Code of medical and sanitary regulations for the guidance of medical officers serving in the Madras Presidency - Volume I
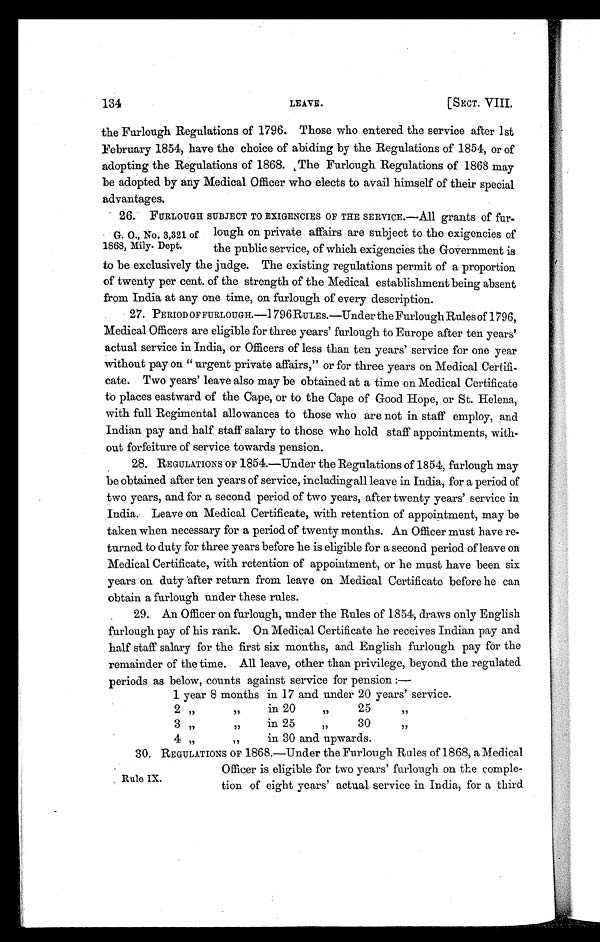
134
LEAVE.
[SECT. VIII.
the Furlough Regulations of 1796. Those who entered the service after 1st
February 1854, have the choice of abiding by the Regulations of 1854, or of
adopting the Regulations of 1868, The Furlough Regulations of 1868 may
be adopted by any Medical Officer who elects to avail himself of their special
advantages.
26. FURLOUGH SUBJECT TO EXIGENCIES OF THE SERVICE.—All grants of fur-
lough on private affairs are subject to the exigencies of
the public service, of which exigencies the Government is
to be exclusively the judge. The existing regulations permit of a proportion
of twenty per cent. of the strength of the Medical establishment being absent
from India at any one time, on furlough of every description.
27. PERIOD OF FURLOUGH.—1796 RULES.—Under the Furlough Rules of 1796,
Medical Officers are eligible for three years' furlough to Europe after ten years'
actual service in India, or Officers of less than ten years' service for one year
without pay on " urgent private affairs," or for three years on Medical Certifi-
cate. Two years' leave also may be obtained at a time on Medical Certificate
to places eastward of the Cape, or to the Cape of Good Hope, or St. Helena,
with full Regimental allowances to those who are not in staff employ, and
Indian pay and half staff salary to those who hold staff appointments, with-
out forfeiture of service towards pension.
28. REGULATIONS OF 1854.—Under the Regulations of 1854, furlough may
be obtained after ten years of service, including all leave in India, for a period of
two years, and for a second period of two years, after twenty years' service in
India. Leave on Medical Certificate, with retention of appointment, may be
taken when necessary for a period of twenty months. An Officer must have re-
turned to duty for three years before he is eligible for a second period of leave on
Medical Certificate, with retention of appointment, or he must have been six
years on duty after return from leave on Medical Certificate before he can
obtain a furlough under these rules.
29. An Officer on furlough, under the Rules of 1854, draws only English
furlough pay of his rank. On Medical Certificate he receives Indian pay and
half staff salary for the first six months, and English furlough pay for the
remainder of the time. All leave, other than privilege, beyond the regulated
periods as below, counts against service for pension
1 year 8 months in 17 and under 20 years' service.
2 „
,,
in 20
"
25
"
3 ,,
,,
in 25
"
30
"
4 "
"in 30 and upwards.
30. REGULATIONS OF 1868.—Under the Furlough Rules of 1868, a Medical
Officer is eligible for two years' furlough on the comple-
tion of eight years' actual service in India, for a third
G. O., No. 3,321 of
1868, Mily. Dept.
Rule IX.